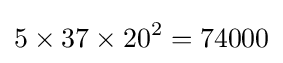
5\times 37\times 20^{2}=74000